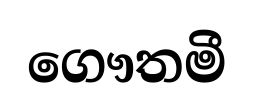
ගෞතමී